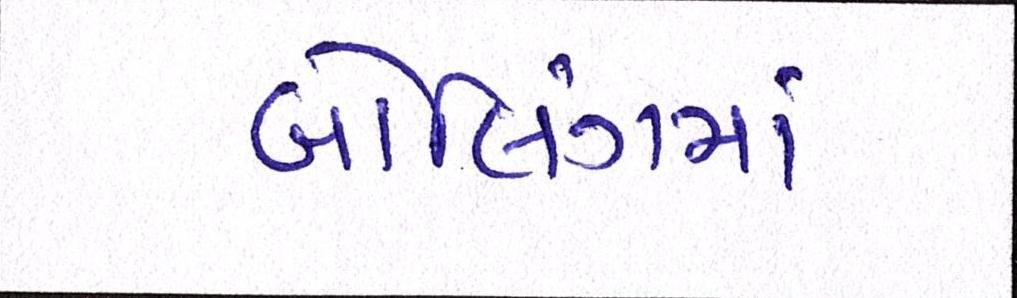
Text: બોલિંગમાં